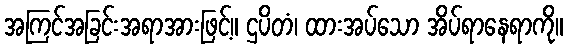
အကြင်အခြင်းအရာအားဖြင့်။ ဌပိတံ၊ ထားအပ်သော အိပ်ရာနေရာကို။